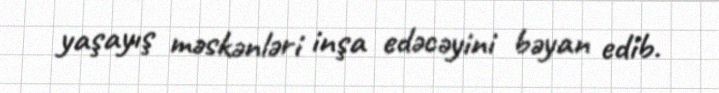
yaşayış məskənləri inşa edəcəyini bəyan edib.